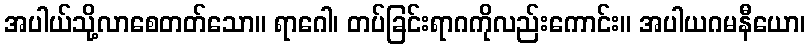
အပါယ်သို့လာစေတတ်သော။ ရာဂေါ၊ တပ်ခြင်းရာဂကိုလည်းကောင်း။ အပါယဂမနီယော၊